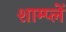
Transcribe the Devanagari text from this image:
शाम्प्लें